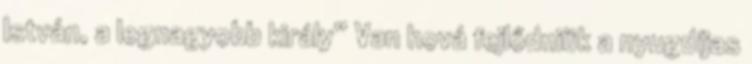
István, a legnagyobb király” Van hová fejlődniük a nyugdíjas